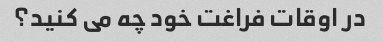
در اوقات فراغت خود چه می کنید؟